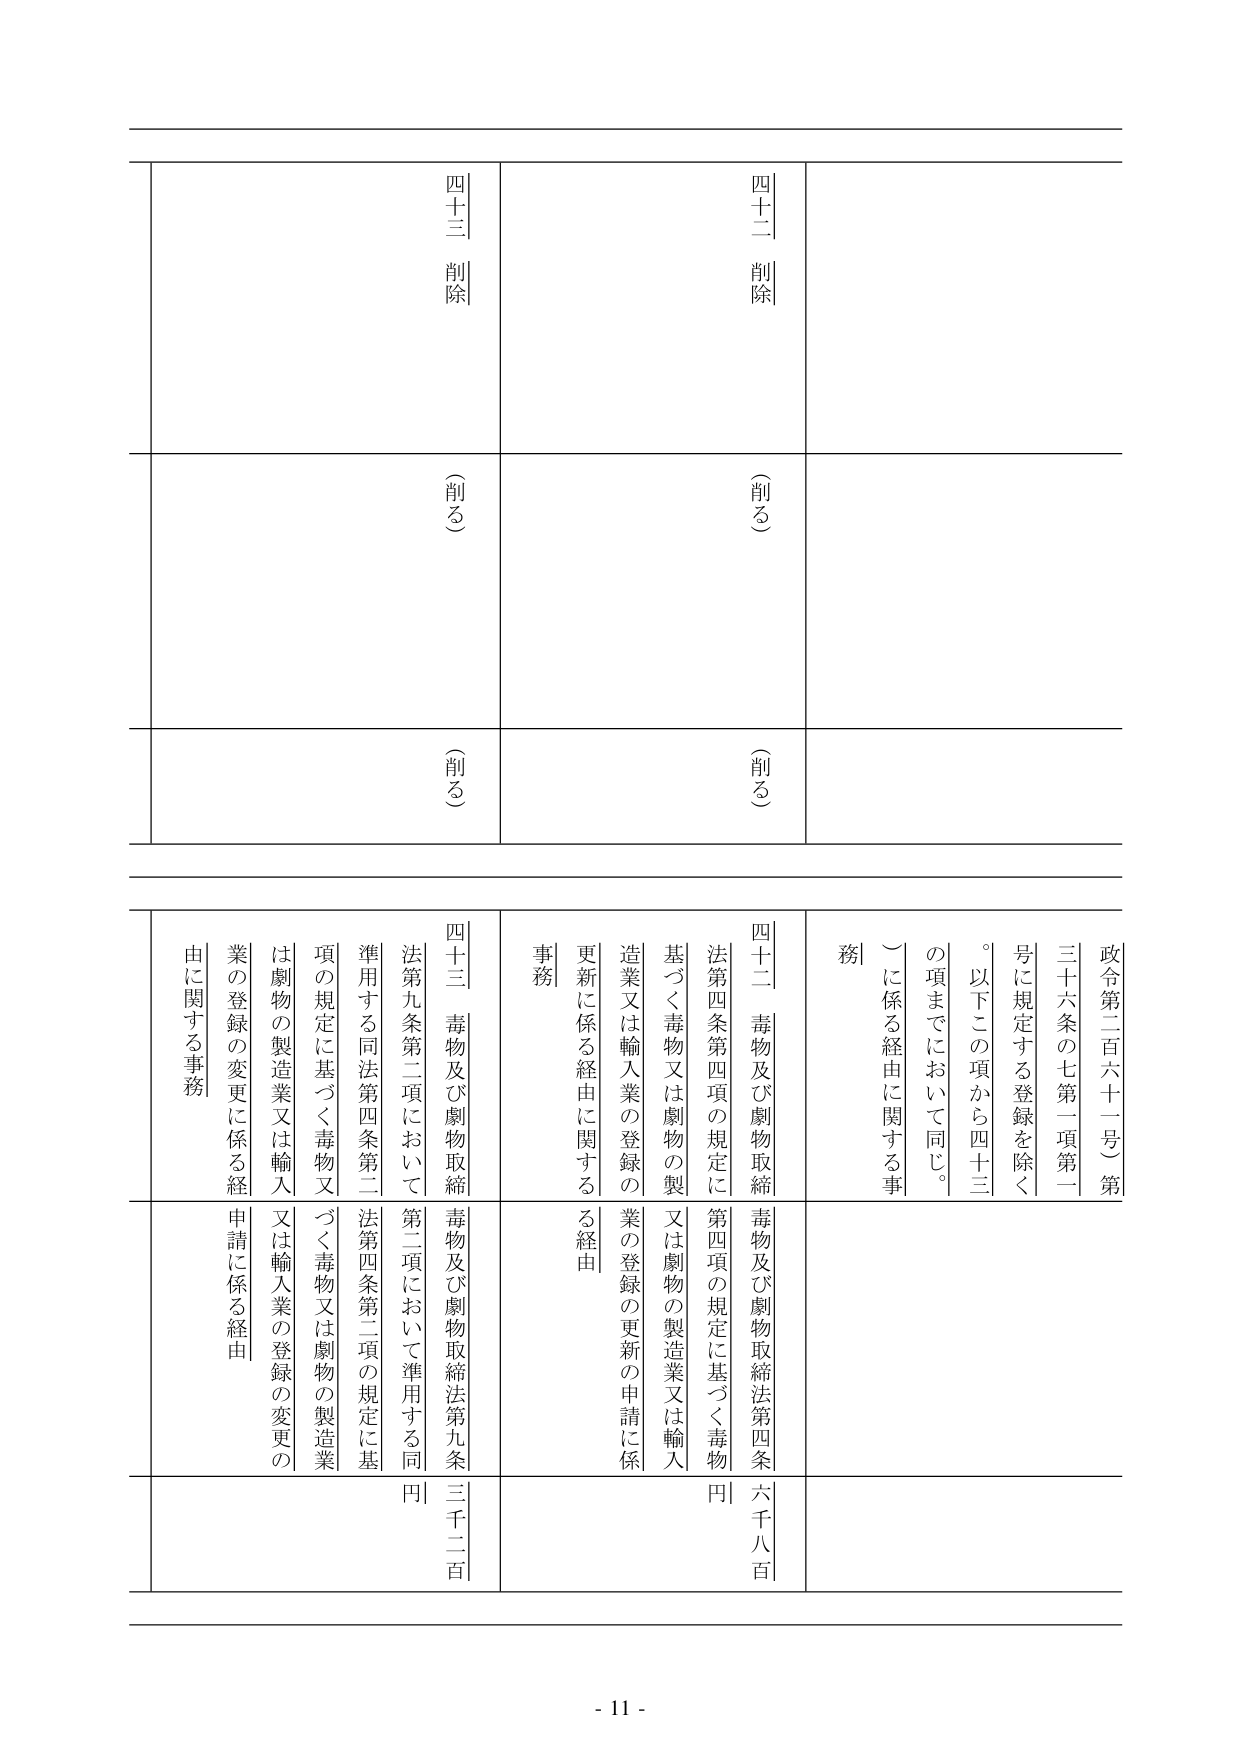
四十二 削除
四十三 削除
（削る）
（削る）
（削る）
（削る）

政令第二百六十一号）第三十六条の七第一項第一号に規定する登録を除く。以下この項から四十三の項までにおいて同じ。
）に係る経由に関する事務

四十二 毒物及び劇物取締法第四条第四項の規定に基づく毒物又は劇物の製造業又は輸入業の登録の更新に係る経由に関する事務
毒物及び劇物取締法第四条第四項の規定に基づく毒物又は劇物の製造業又は輸入業の登録の更新の申請に係る経由
六千八百円

四十三 毒物及び劇物取締法第九条第二項において準用する同法第四条第二項の規定に基づく毒物又は劇物の製造業又は輸入業の登録の変更に係る経由に関する事務
毒物及び劇物取締法第九条第二項において準用する同法第四条第二項の規定に基づく毒物又は劇物の製造業又は輸入業の登録の変更の申請に係る経由
三千二百円

- 11 -